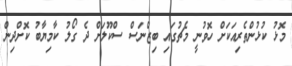
މޮޅު ކުޅުންތެރިއަކަށް ހޮވުނީ މެޗުގައި ބިޒްނަސް ސްކޫލަށް ދެ ގޯލު ކާމިޔާބު ކޮށްދިން